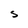
Character: S